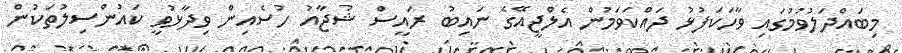
މިބައްދަލުވުމުގައި ވާހަކަފުޅު ދައްކަވަމުން އެލްޖީއޭގެ ނައިބު ރައީސް ޝުޖާއު ހުސެއިން ވިދާޅުވީ ކައުންސިލުތަކުން